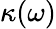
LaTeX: \kappa(\omega)